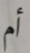
أم